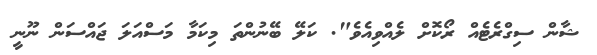
ޝާން ސިގްރެޓެއް ރޯކޮށް ލެއްވިއެވެ". ކަލޭ ބޭނުންތަ މިކަމާ މަސްއަލަ ޖައްސަން ނޫނީ